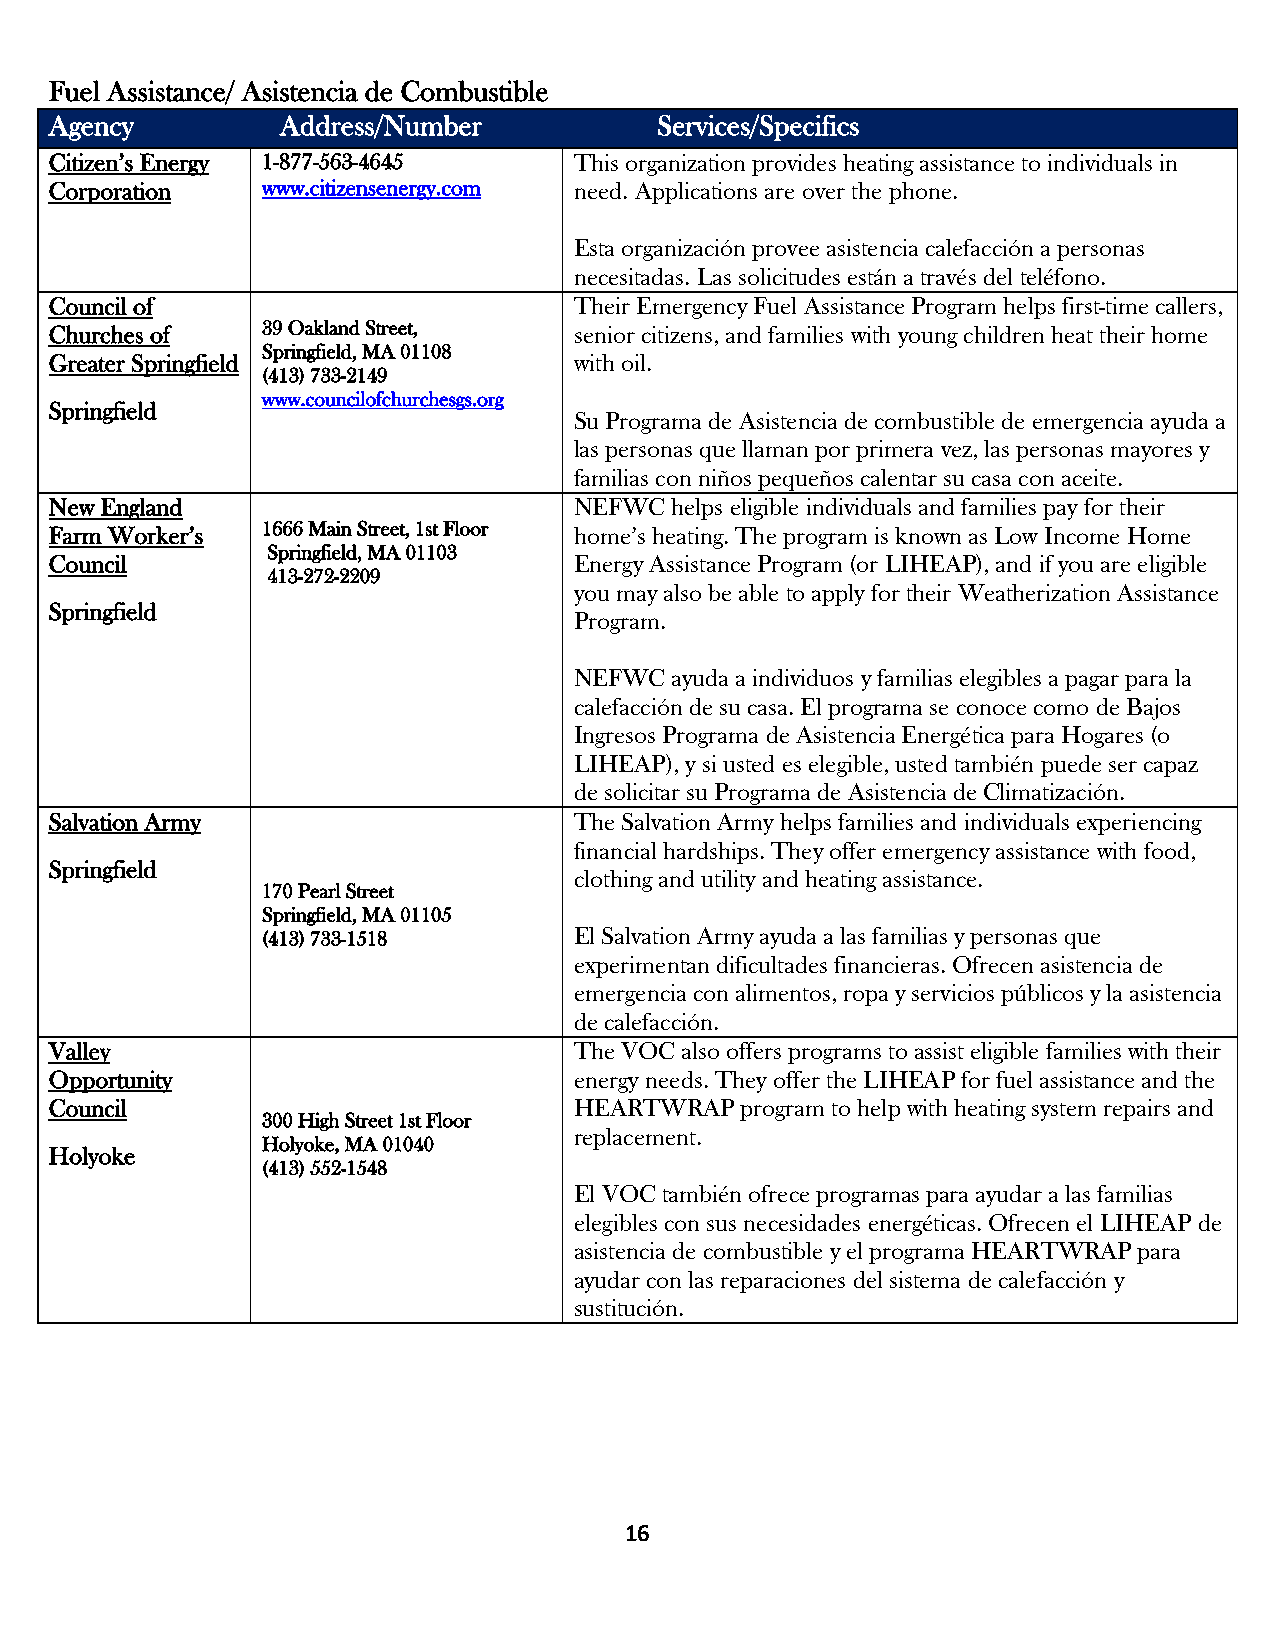
Fuel Assistance/ Asistencia de Combustible
 Agency          Address/Number           Services/Specifics
 Citizen’s Energy 1-877-563-4645    This organization provides heating assistance to individuals in
 Corporation   www.citizensenergy.com need. Applications are over the phone.
 Esta organización provee asistencia calefacción a personas
 necesitadas. Las solicitudes están a través del teléfono.
 Council of                         Their Emergency Fuel Assistance Program helps first-time callers,
 Churches of   39 Oakland Street,   senior citizens, and families with young children heat their home
 Springfield, MA 01108
 Greater Springfield                with oil.
 (413) 733-2149
 www.councilofchurchesgs.org
 Springfield
 Su Programa de Asistencia de combustible de emergencia ayuda a
 las personas que llaman por primera vez, las personas mayores y
 familias con niños pequeños calentar su casa con aceite.
 New England                        NEFWC helps eligible individuals and families pay for their
 Farm Worker’s 1666 Main Street, 1st Floor home’s heating. The program is known as Low Income Home
 Springfield, MA 01103
 Council                            Energy Assistance Program (or LIHEAP), and if you are eligible
 413-272-2209
 you may also be able to apply for their Weatherization Assistance
 Springfield
 Program.
 NEFWC ayuda a individuos y familias elegibles a pagar para la
 calefacción de su casa. El programa se conoce como de Bajos
 Ingresos Programa de Asistencia Energética para Hogares (o
 LIHEAP), y si usted es elegible, usted también puede ser capaz
 de solicitar su Programa de Asistencia de Climatización.
 Salvation Army                     The Salvation Army helps families and individuals experiencing
 financial hardships. They offer emergency assistance with food,
 Springfield
 clothing and utility and heating assistance.
 170 Pearl Street
 Springfield, MA 01105
 (413) 733-1518       El Salvation Army ayuda a las familias y personas que
 experimentan dificultades financieras. Ofrecen asistencia de
 emergencia con alimentos, ropa y servicios públicos y la asistencia
 de calefacción.
 Valley                             The VOC also offers programs to assist eligible families with their
 Opportunity                        energy needs. They offer the LIHEAP for fuel assistance and the
 Council                            HEARTWRAP  program to help with heating system repairs and
 300 High Street 1st Floor
 replacement.
 Holyoke, MA 01040
 Holyoke
 (413) 552-1548
 El VOC también ofrece programas para ayudar a las familias
 elegibles con sus necesidades energéticas. Ofrecen el LIHEAP de
 asistencia de combustible y el programa HEARTWRAP para
 ayudar con las reparaciones del sistema de calefacción y
 sustitución.
 16